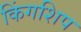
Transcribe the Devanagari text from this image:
किंगशिप